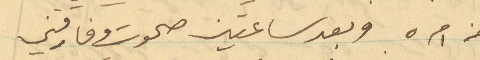
من امره وبعد ساعتين صحوت وقارقتني